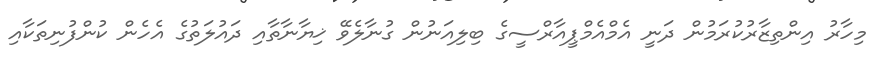
މިހާރު އިންތިޒާރުކުރަމުން ދަނީ އެމްއެމްޕީއާރްސީގެ ބިލިއަނުން ގުނާލެވޭ ޚިޔާނާތާއި ދައުލަތުގެ އެހެން ކުންފުނިތަކާއި